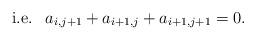
LaTeX: \begin{align*} \hbox{i.e. } \ a_{i,j+1}+a_{i+1,j}+a_{i+1,j+1}=0. \end{align*}